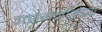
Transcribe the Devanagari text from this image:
उत्संगमारोप्य